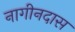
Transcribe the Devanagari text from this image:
नागीनदास